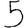
Digit: 5